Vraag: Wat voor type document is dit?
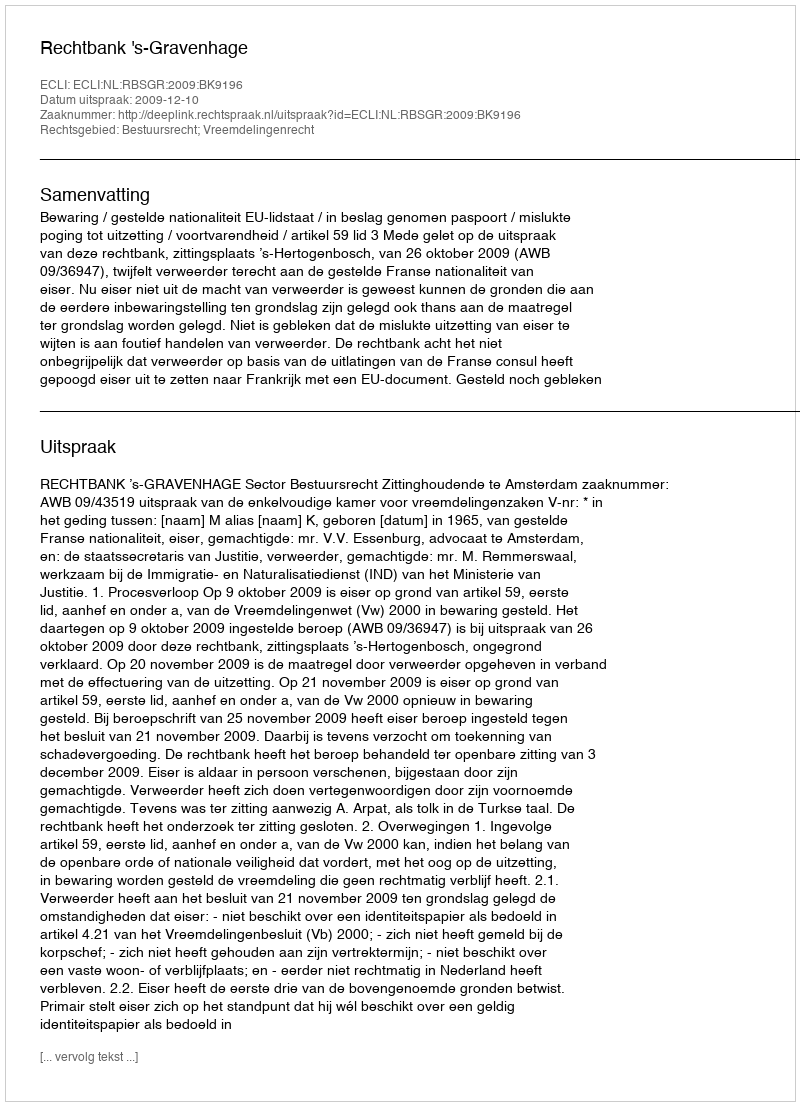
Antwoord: Uitspraak